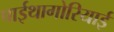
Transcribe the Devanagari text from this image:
पाईथागोरियाई